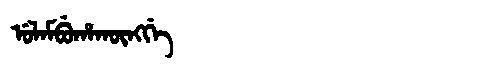
Manchu: ᡠᠯᠠᠮᠪᡠᡥᠠᡴᡡᠩᡤᡝ
Romanization: ULAMBUHAKŪNGGE